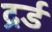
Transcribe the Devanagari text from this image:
द्रर्ड